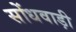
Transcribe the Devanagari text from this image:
सोंधवाड़ी